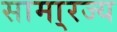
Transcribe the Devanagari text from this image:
सामा्रज्य